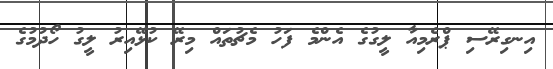
އިނގިރޭސި ޕްރެމިއާ ލީގުގެ އެންމެ ފަހު މެޗުތައް މިރޭ ކުޅޭއިރު ލީގު ހޯދުމުގެ